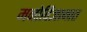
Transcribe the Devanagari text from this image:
मनोविज्ञानात